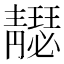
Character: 𩇣